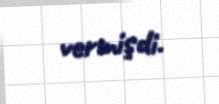
vermişdi.